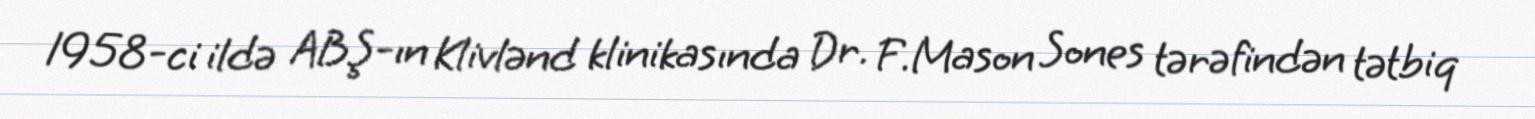
1958-ci ildə ABŞ-ın Klivlənd klinikasında Dr. F.Mason Sones tərəfindən tətbiq